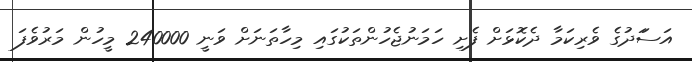
އަސަަދުގެ ވެރިކަމާ ދެކޮޅަށް ފެށި ހަމަނުޖެހުންތަކުގައި މިހާތަނަށް ވަނީ 240000 މީހުން މަރުވެފަ